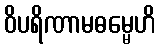
ဝိပရိဏာမဓမ္မေဟိ